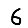
Digit: 6